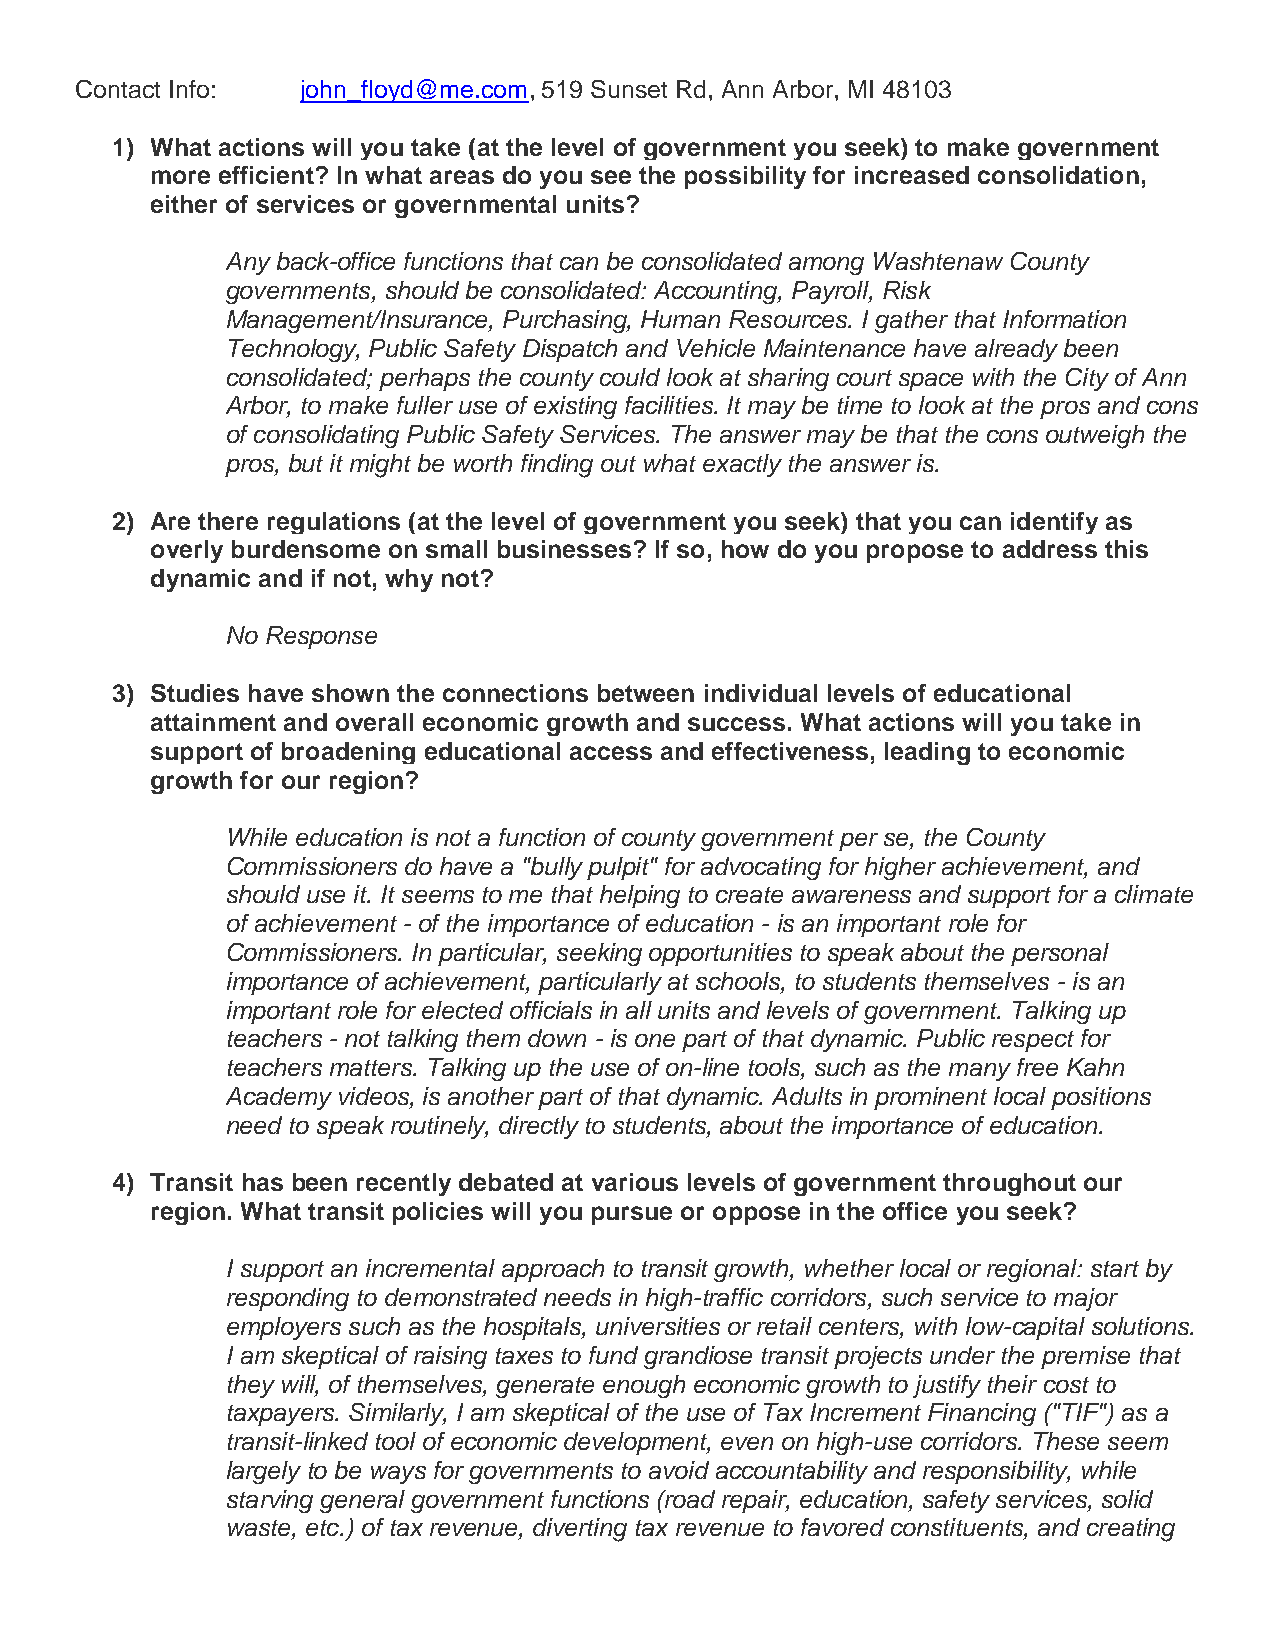
Contact Info:  john_floyd@me.com, 519 Sunset Rd, Ann Arbor, MI 48103
 1) What actions will you take (at the level of government you seek) to make government
 more efficient? In what areas do you see the possibility for increased consolidation,
 either of services or governmental units?
 Any back-office functions that can be consolidated among Washtenaw County
 governments, should be consolidated: Accounting, Payroll, Risk
 Management/Insurance, Purchasing, Human Resources. I gather that Information
 Technology, Public Safety Dispatch and Vehicle Maintenance have already been
 consolidated; perhaps the county could look at sharing court space with the City of Ann
 Arbor, to make fuller use of existing facilities. It may be time to look at the pros and cons
 of consolidating Public Safety Services. The answer may be that the cons outweigh the
 pros, but it might be worth finding out what exactly the answer is.
 2) Are there regulations (at the level of government you seek) that you can identify as
 overly burdensome on small businesses? If so, how do you propose to address this
 dynamic and if not, why not?
 No Response
 3) Studies have shown the connections between individual levels of educational
 attainment and overall economic growth and success. What actions will you take in
 support of broadening educational access and effectiveness, leading to economic
 growth for our region?
 While education is not a function of county government per se, the County
 Commissioners do have a "bully pulpit" for advocating for higher achievement, and
 should use it. It seems to me that helping to create awareness and support for a climate
 of achievement - of the importance of education - is an important role for
 Commissioners. In particular, seeking opportunities to speak about the personal
 importance of achievement, particularly at schools, to students themselves - is an
 important role for elected officials in all units and levels of government. Talking up
 teachers - not talking them down - is one part of that dynamic. Public respect for
 teachers matters. Talking up the use of on-line tools, such as the many free Kahn
 Academy videos, is another part of that dynamic. Adults in prominent local positions
 need to speak routinely, directly to students, about the importance of education.
 4) Transit has been recently debated at various levels of government throughout our
 region. What transit policies will you pursue or oppose in the office you seek?
 I support an incremental approach to transit growth, whether local or regional: start by
 responding to demonstrated needs in high-traffic corridors, such service to major
 employers such as the hospitals, universities or retail centers, with low-capital solutions.
 I am skeptical of raising taxes to fund grandiose transit projects under the premise that
 they will, of themselves, generate enough economic growth to justify their cost to
 taxpayers. Similarly, I am skeptical of the use of Tax Increment Financing ("TIF") as a
 transit-linked tool of economic development, even on high-use corridors. These seem
 largely to be ways for governments to avoid accountability and responsibility, while
 starving general government functions (road repair, education, safety services, solid
 waste, etc.) of tax revenue, diverting tax revenue to favored constituents, and creating